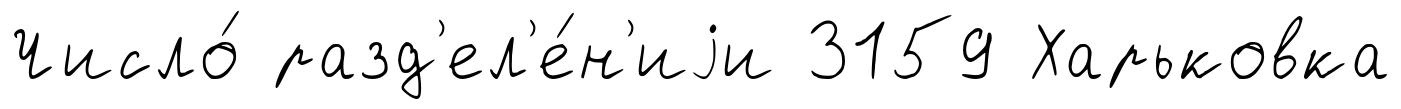
Число́ разд'ел'е́н'иjи 3159 Харьковка